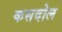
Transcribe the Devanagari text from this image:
कसदोल